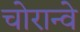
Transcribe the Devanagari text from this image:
चोरान्वे